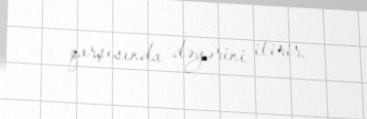
qarşısında dəyərini itirir.